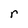
Character: r